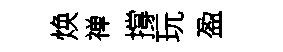
焕禅撐玩盈